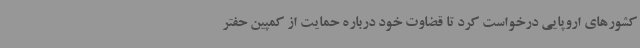
کشورهای اروپایی درخواست کرد تا قضاوت خود درباره حمایت از کمپین حفتر